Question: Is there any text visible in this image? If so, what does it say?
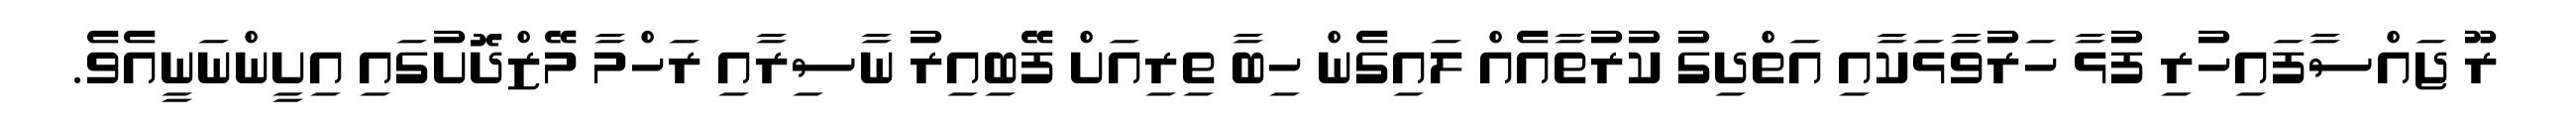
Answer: ރޫ ޖައްސާފައިހުރި ފުޅާ ހަރުވާޅަކާއި އަތްދިގު ކުރުތާއެއް ލައިގެން ހިބާ ތިރިއަށް ފޭބިއިރު ނާސިރާއި ރަހްމާ މޭޒްދޮށުގައި އިށީންނަނީއެވެ.